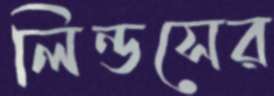
লিন্ডসের